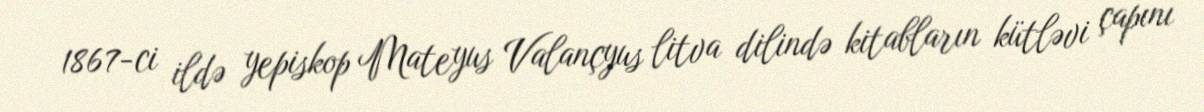
1867-ci ildə yepiskop Mateyus Valançyus litva dilində kitabların kütləvi çapını